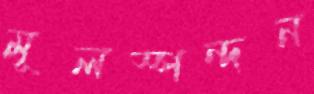
মূলস্পন্দন